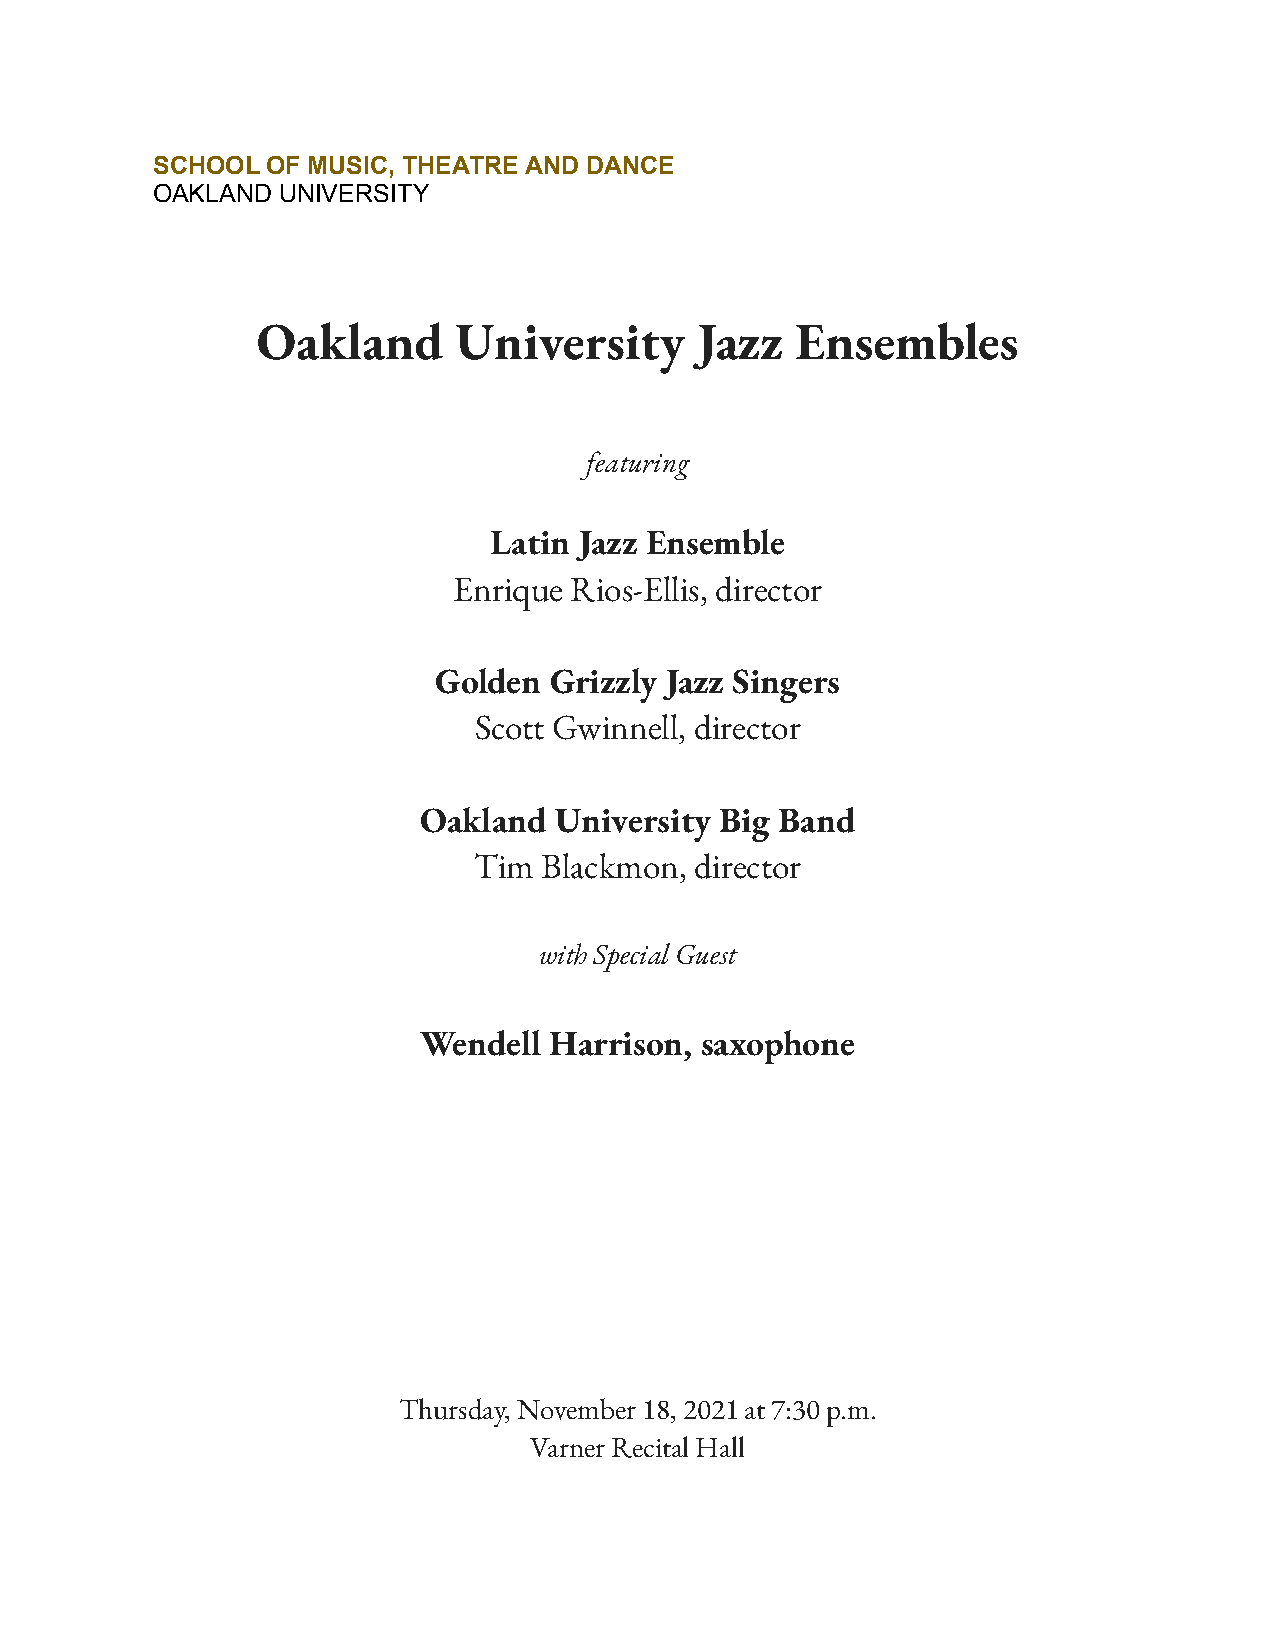
SCHOOL  OF MUSIC, THEATRE AND DANCE
 OAKLAND  UNIVERSITY
 Oakland      University      Jazz   Ensembles
 featuring
 Latin Jazz Ensemble
 Enrique Rios-Ellis, director
 Golden Grizzly Jazz Singers
 Scott Gwinnell, director
 Oakland  University Big Band
 Tim  Blackmon, director
 with Special Guest
 Wendell Harrison, saxophone
 Thursday, November 18, 2021 at 7:30 p.m.
 Varner Recital Hall